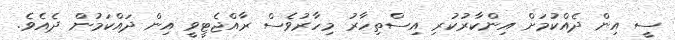
ސީ އިން ދެއްކުމަށް އިންކާރުކުރި އިސްތިހާރު މިހާރުވެސް ރާއްޖެޓީވީ އިން ދައްކަމުން ދެއެވެ.